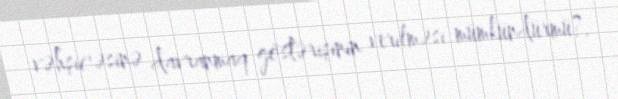
vəhşicəsinə davranmaq göstərişinin verilməsi mümkündürmü?.